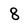
Character: 8